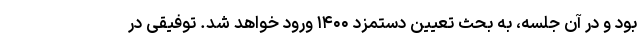
بود و در آن جلسه، به بحث تعیین دستمزد ۱۴۰۰ ورود خواهد شد. توفیقی در